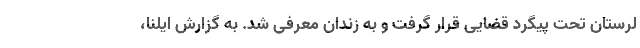
لرستان تحت پیگرد قضایی قرار گرفت و به زندان معرفی شد. به گزارش ایلنا،